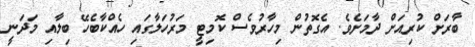
ބާރަށް ކުރިއަށް ދާމަށެވެ. އެގޮތުން މިހާރުވެސް ކޮމިޓީ މަރުހަލާގައި ހެއްކާބެހޭ ބިލާއި މަދަނީ